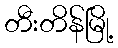
တီးတိန်မြို့